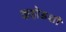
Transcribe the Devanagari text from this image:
कहोडशी